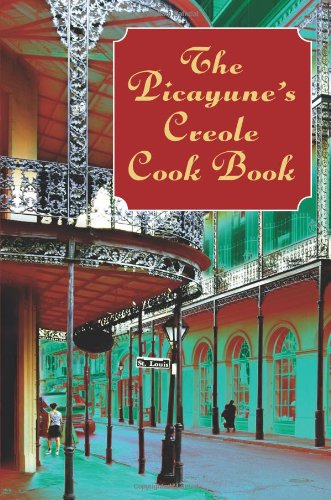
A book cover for The Picayune's Creole Cook Book (American Antiquarian Cookbook Collection); The Picayune; Cookbooks, Food & Wine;